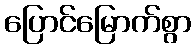
ပြောင်မြောက်စွာ